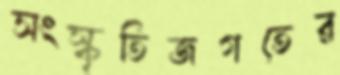
সংস্কৃতিজগতের